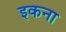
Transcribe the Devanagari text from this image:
इकना